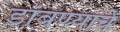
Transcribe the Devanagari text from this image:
डांबण्याचे